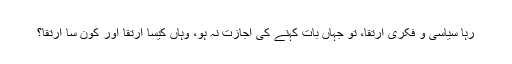
رہا سیاسی و فکری ارتقا، تو جہاں بات کہنے کی اجازت نہ ہو، وہاں کیسا ارتقا اور کون سا ارتقا؟